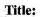
Totle: